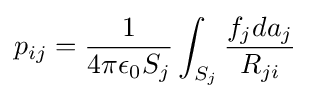
p_{ij}={\frac {1}{4\pi \epsilon _{0}S_{j}}}\int _{S_{j}}{\frac {f_{j}da_{j}}{R_{ji}}}